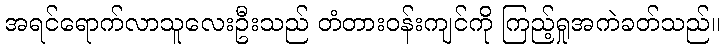
အရင်ရောက်လာသူလေးဦးသည် တံတားဝန်းကျင်ကို ကြည့်ရှုအကဲခတ်သည်။